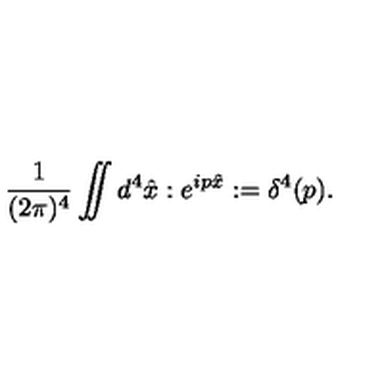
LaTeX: { \frac { 1 } { ( 2 \pi ) ^ { 4 } } } \int \! \! \! \! \! \int d ^ { 4 } \hat { x } : e ^ { i p \hat { x } } : = \delta ^ { 4 } ( p ) .